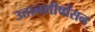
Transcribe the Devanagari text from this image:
उत्तानशीर्षासन